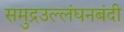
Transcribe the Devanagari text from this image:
समुद्रउल्लंघनबंदी